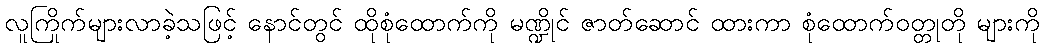
လူကြိုက်များလာခဲ့သဖြင့် နောင်တွင် ထိုစုံထောက်ကို မဏ္ဍိုင် ဇာတ်ဆောင် ထားကာ စုံထောက်ဝတ္တုတို များကို